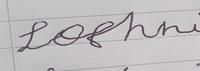
Signature authenticity: forged